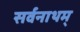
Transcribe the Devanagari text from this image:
सर्वनाथम्